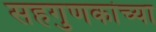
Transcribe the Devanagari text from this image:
सहगुणकांच्या